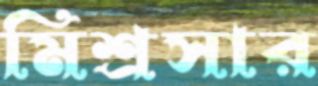
মিশ্রসার